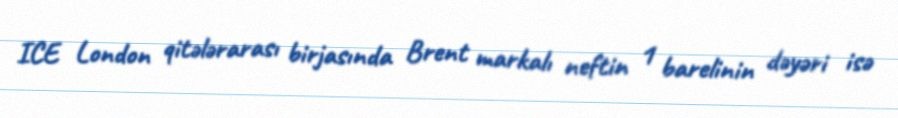
ICE London qitələrarası birjasında Brent markalı neftin 1 barelinin dəyəri isə